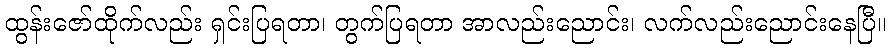
ထွန်းဇော်ထိုက်လည်း ရှင်းပြရတာ၊ တွက်ပြရတာ အာလည်းညောင်း၊ လက်လည်းညောင်းနေပြီ။